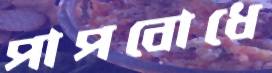
পাপবোধে